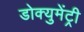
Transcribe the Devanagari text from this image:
डोक्युमेंट्री